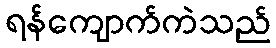
ရန်ကျောက်ကဲသည်